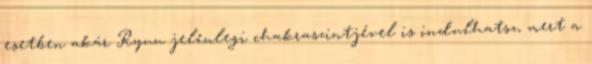
esetben akár Ryuu jelenlegi chakraszintjével is indulhatsz, mert a